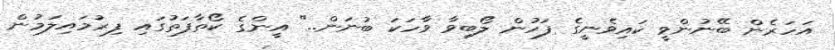
އަހަރެން ބޭނުންވީ ކައިވެނީގެ ފަހުން ލޯބިވާ ވާހަކަ ބުނަން.." އީންގެ ކޯތާފަތުގައި ފިރުމައިލަމުން